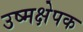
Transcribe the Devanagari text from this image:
उष्मक्षेपक